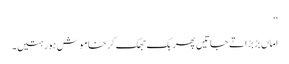
‘‘
اماں بڑبڑاتے جاتیں پھر بک جھک کر خاموش ہو رہتیں۔